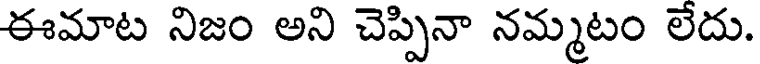
ఈమాట నిజం అని చెప్పినా నమ్మటం లేదు.